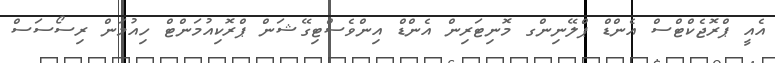
އެއީ ޕްރޮޖެކްޓްސް އެންޑް ޕްލޭނިންގ މޮނިޓަރިން އެންޑް އިންވެސްޓިގޭޝަން ޕްރޮކިއުމަންޓް ހިއުމަން ރިސޯސަސް